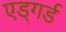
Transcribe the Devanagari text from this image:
एड्गर्ड